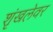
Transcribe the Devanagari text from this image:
शृंखलेवर